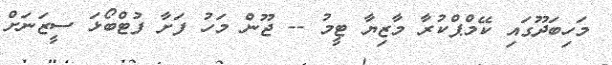
މަހިބަދޫގައި ކޭމްޕްކުރާ މާޒިޔާ ޓީމު -- ޖޫން މަހު ފަށާ ފުޓްބޯޅަ ސީޒަނަށް